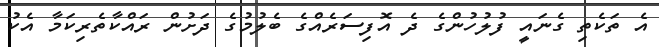
އެ ތަކެތި ގެނައީ ފުލުހުންގެ ދެ އޮފިސަރެއްގެ ބެލުމުގެ ދަށުން ރައްކާތެރިކަމާ އެކު